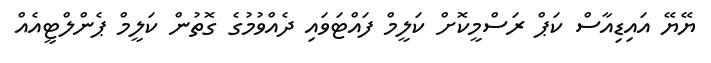
ޔޭޔޭ އައިޑިއާސް ކަޕް ރަސްމީކޮށް ކަލީމް ފައްޓަވައި ދެއްވުމުގެ ގޮތުން ކަލީމް ޕެންލްޓީއެއް